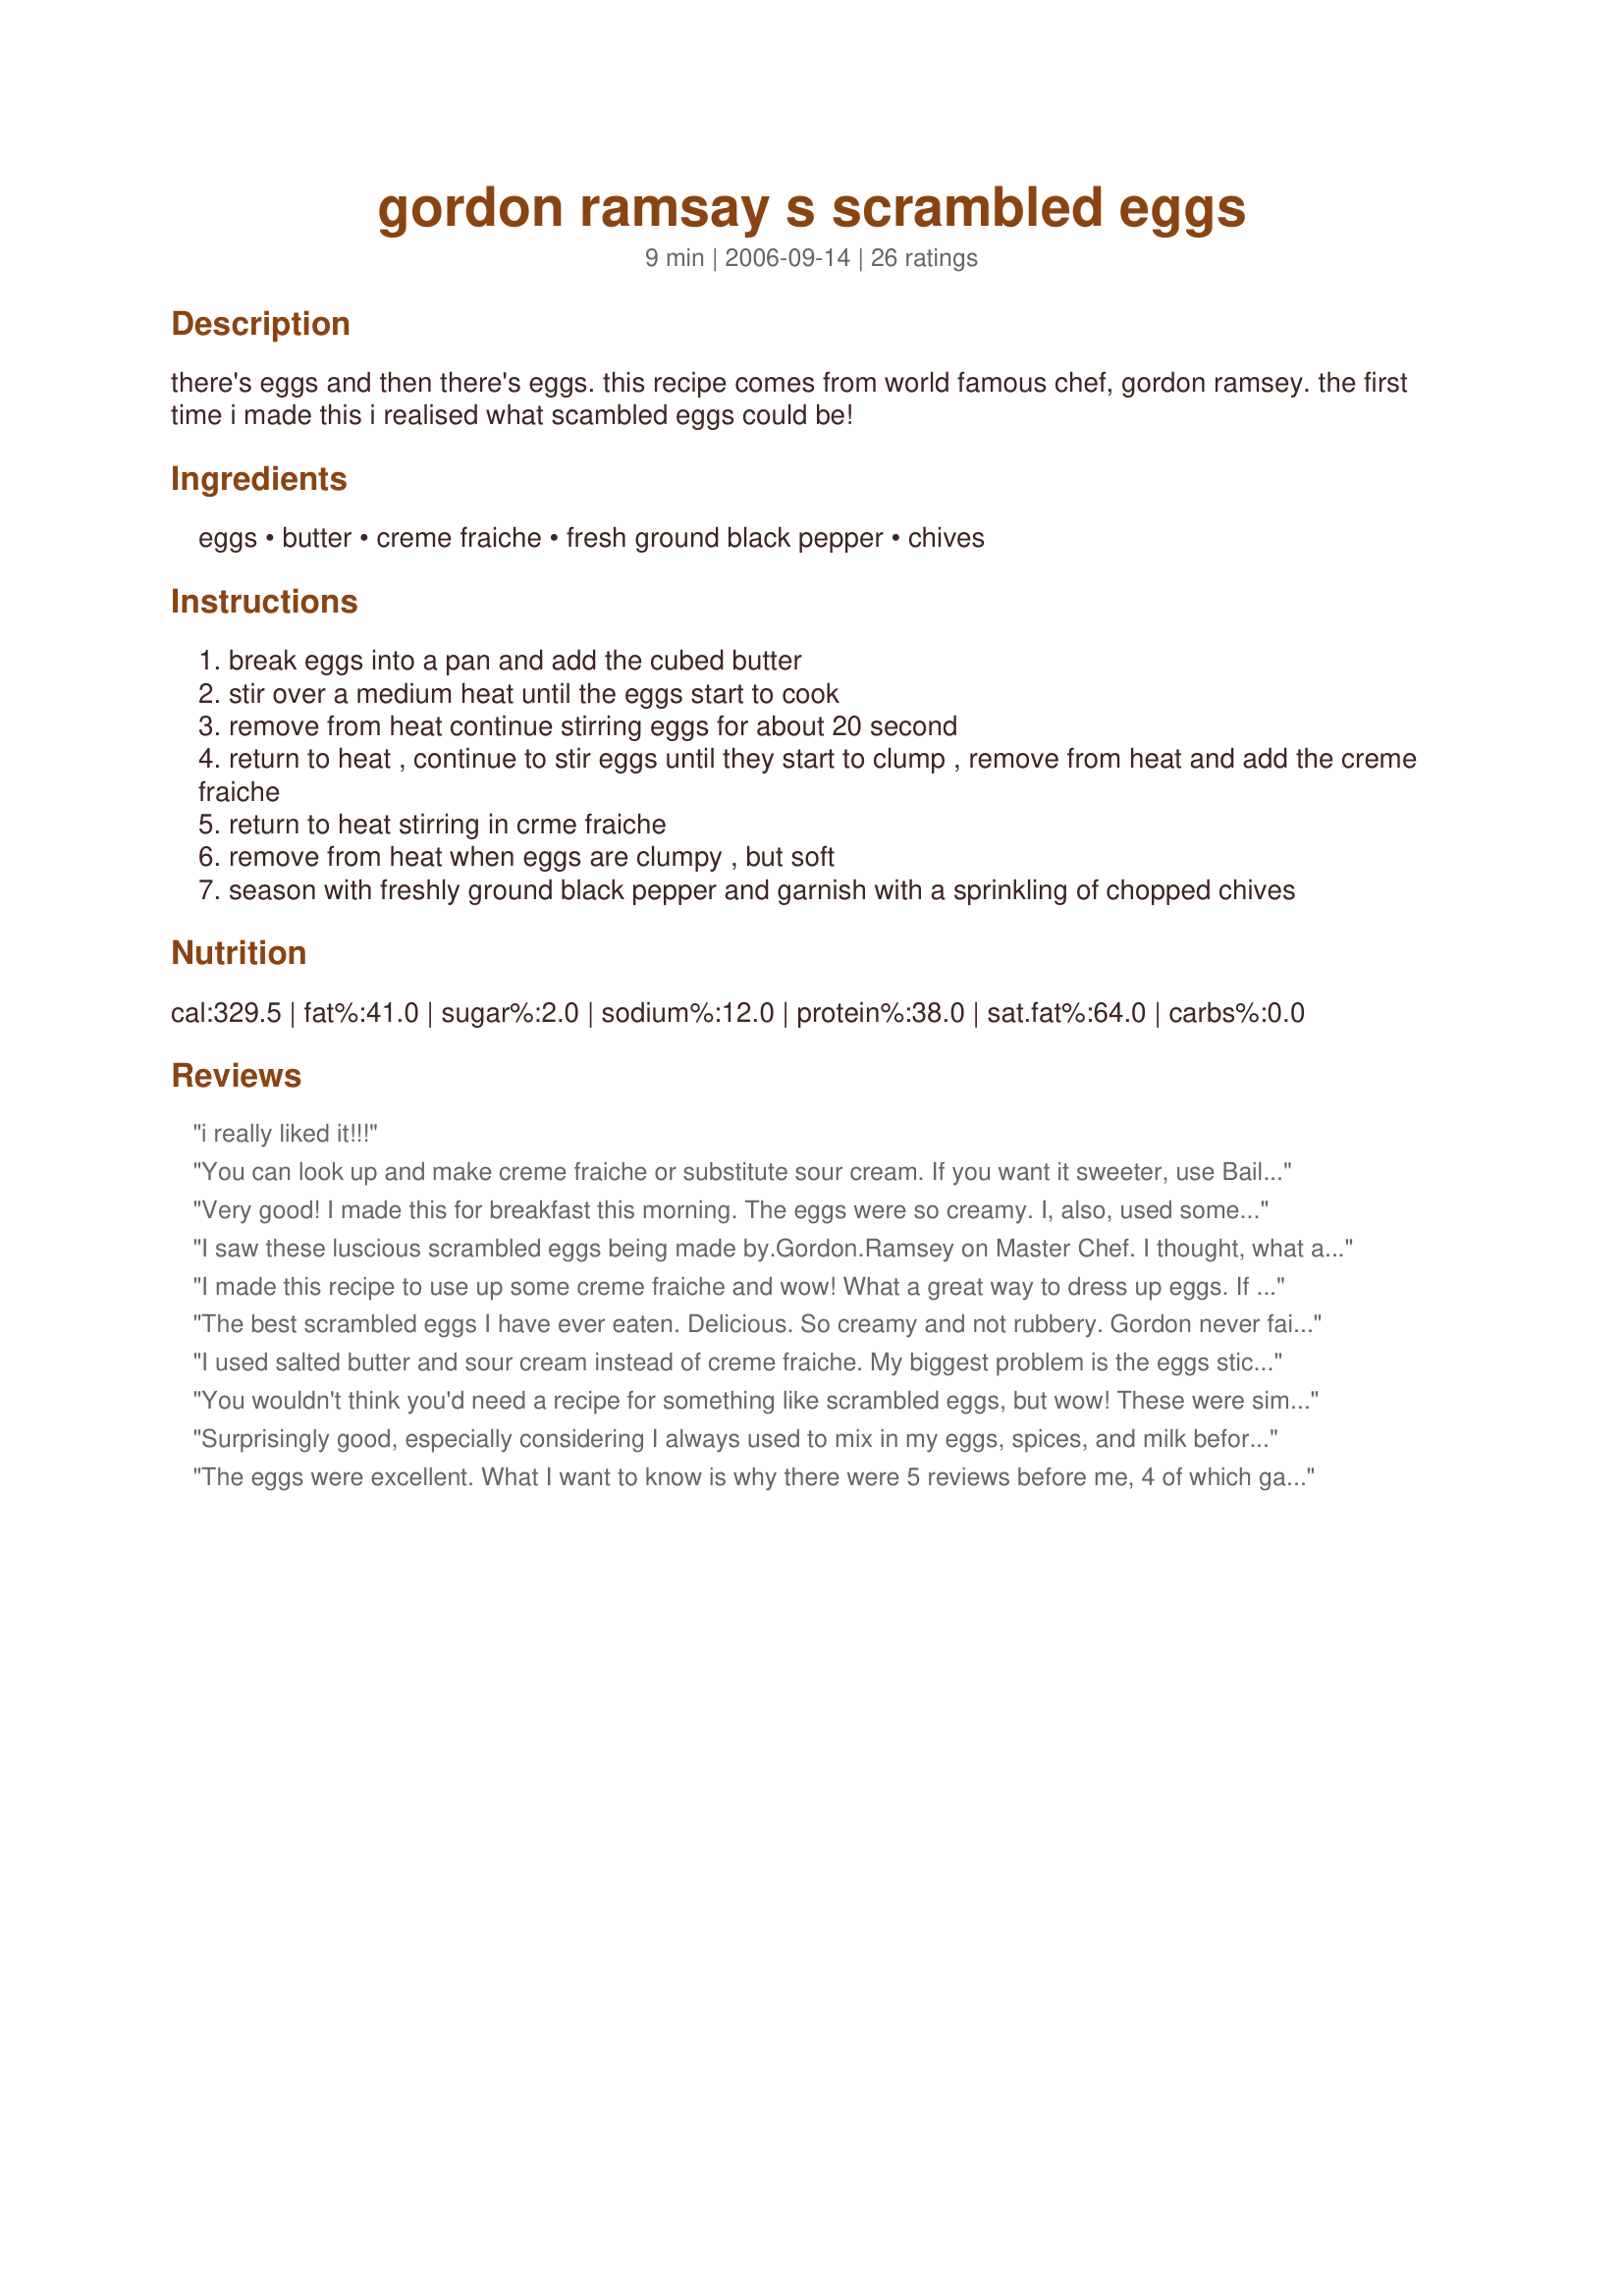
gordon ramsay s scrambled eggs
Preparation time: 9 minutes

there's eggs and then there's eggs. this recipe comes from world famous chef, gordon ramsey. the first time i made this i realised what scambled eggs could be!

Ingredients:
eggs, butter, creme fraiche, fresh ground black pepper, chives

Steps:
break eggs into a pan and add the cubed butter
stir over a medium heat until the eggs start to cook
remove from heat continue stirring eggs for about 20 second
return to heat , continue to stir eggs until they start to clump , remove from heat and add the creme fraiche
return to heat stirring in crme fraiche
remove from heat when eggs are clumpy , but soft
season with freshly ground black pepper and garnish with a sprinkling of chopped chives

Reviews:
i really liked it!!!
You can look up and make creme fraiche or substitute sour cream. If you want it sweeter, use Bailey's Irish Cream coffee creamer. I prefer the sour cream. I also prefer French Brioche toast for the sweetness.
Very good! I made this for breakfast this morning. The eggs were so creamy. I, also, used some of the creme fraiche as garnish on top with some parsley, as I didn't have any chives on hand. Thank you for the great meal! I'll be making this again! :)
I saw these luscious scrambled eggs being made by.Gordon.Ramsey on Master Chef. I thought, what an odd way to make scrambled eggs, but was going to try them. The directions were very easy.to follow. The result was by far the best eggs I have ever eaten. They were creamy, but not runny, and the flavor was delicious. Gordon Ramsey is one of my most favorites chefs to follow.
I made this recipe to use up some creme fraiche and wow! What a great way to dress up eggs. If I had creme fraiche in the house regularly, I'd make eggs this way every time. YUM. Definitely the recipe to use when having company for breakfast.
The best scrambled eggs I have ever eaten. Delicious. So creamy and not rubbery. Gordon never fails to please. No wonder he is world class.
I used salted butter and sour cream instead of creme fraiche. My biggest problem is the eggs sticking to the pan. Medium heat means slow cook, and there was a skin on the bottom of the pan. The result was delicious, although I skipped the greens. I think I will try a small cast iron pan instead of copper-bottom
You wouldn't think you'd need a recipe for something like scrambled eggs, but wow! These were simple to make and are the very best scrambled eggs I've ever tried!
Surprisingly good, especially considering I always used to mix in my eggs, spices, and milk before going in the pan and I don't like runny eggs! I can't recommend this recipe enough, especially with the chopped chives and toast under the eggs. I used sour cream instead of creme fraiche, and also I used Aunt Millie's Honey Butter White Bread for the toast. It's a delicious way to lightly sweeten up your meal!
The eggs were excellent. What I want to know is why there were 5 reviews before me, 4 of which gave 5 stars, one of which gave 4 stars, yet your overall rating is 4 stars? What is that...new math?
Great recipe. I am new to cooking and these were the best I've ever had. Thank you!
I made these the first time last night, and once again this morning..i never knew how delicious scrambled eggs could be. I cut the recipe in half so it's a perfect amount for me. My boyfriend will finally understand when i make them for him, why i dont shut up about scrambled eggs.. best ever!
Just made them and best scrambled eggs I’ve ever had. Did have crepe fraiche so used sour cream. I definitely will be making my eggs like this every time .
I tried out Gordon Ramsey's scrambled eggs which i saw him cook on the Master Chef series last night, June 29,2017. No one around here even knows what creme fraiche is much less where to purchase it. I added sour cream instead of the creme fraiche. Turned out wonderfully well. Thank you for the lesson Mr. Ramsey. You are a hit in our home.
First time i ever tried scrambled eggs this way.. Normally i would put eggs in pas season it and just strer around.. but i wanted to try something new.. so i tried my first ever Gordon Ramsey recipe. And it was amazing.. u are a legend Gordon.. i always wanted to try something from u and it was so good.. now i must try more of your recipe. A+++
This is easily the best scrambled eggs I’ve ever made. I didn’t have chives, Just butter and Creme fraiche. The recipe works perfectly well and the eggs are done in a flash- very creamy, very European. Americans, know that this is not scrambled eggs with the large curds like you may be used to but the more traditional style made in Europe and other parts of the world. It’s SO worth it! Can’t wait to try it with the chives!
Absolutely delicious ! You won’t regret trying it .
i was treated to breakfast in bed this morning by my boyfriend, who made this recipe (with added smoked salmon) having watched a video of gordon ramsay making it. it was 100% the best scrambled eggs i have ever had! i think there's an important factor missed out here in the instructions, you are supposed to keep stirring the eggs and the butter over high heat until they just begin to solidify, and then remove them from the heat and keep stirring. a few moments and then back on the heat, and then off, etc. a few times, and then when it looks almost done remove completely from heat and add the creme fraiche to stop them from over cooking. just thought i'd chip in with that one! and they're incredible with smoked salmon! p.s. watch this link to see him make it, my explanations are probably not very clear... http://www.youtube.com/watch?v=C1SM73Qi1BQ
Leave it to Gordon Ramsey to come up with some new pretentious way of making scrambled eggs. But of course I had to try it and weren't these the best scrambled eggs ever. I also tried using plain whole Greek yogurt in place of the cr&egrave;me fraiche and it worked just as well with a few less calories. Choose a good yogurt, some can be watery, I recommend Fage.
It was really good - far better than I expected. I made it exactly as on the recipe stated. Next time I'll try greek yogurt as one other reviewer suggested.
I have always made my scrambled eggs the way most people make them. I made my own creme fresh. The eggs were wonderful. My wife loved them. Thank you.
Amazing!
I did the 'more traditional' Ramsey method he does in videos, where he does 20 seconds on the heat, 20 off, and repeat until they are set, but still slightly wet. Biggest thing is to start with cold pan, cold eggs, cold butter. Yeah, it takes a little longer, but they will be smoother and creamier. Make sure to stir fairly vigorously, to ensure all whites and yolks are fully incorporated. If you can see whites when cooked, you under-stirred. It's just the opposite of the 'typical' french method of whisking eggs, adding to warm pan, then 'pulling with spatula to the center, and letting the wet run under to the warm pan (like you would if making an omelet).
This recipe is all about technique. The ingredients are straightforward and the equipment is minimal. You just have to keep stirring, and remember to push against the bottom of your saucepan to free any hot bits of egg that are trying to set up early. The end result is deliciously creamy. Don't be afraid to return the pan to heat (for 20-30s at a time) if you want to set 'em a little more. But make sure you're not striving for the eggs to look &quot;done&quot; in terms of being visibly dry or browned. The goal here is creeeeamy eggs. I did mine with sour cream instead of creme fraiche, barely a pinch of salt, and ample black pepper. I didn't even see my gf eat hers. This recipe will be a keeper.
It was good. I cut the recipe in half and just made a serving for myself. It was extremely easy to make and tasted good. Plus it kept me feeling full for hours.
